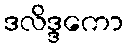
ဒလိဒ္ဒကော